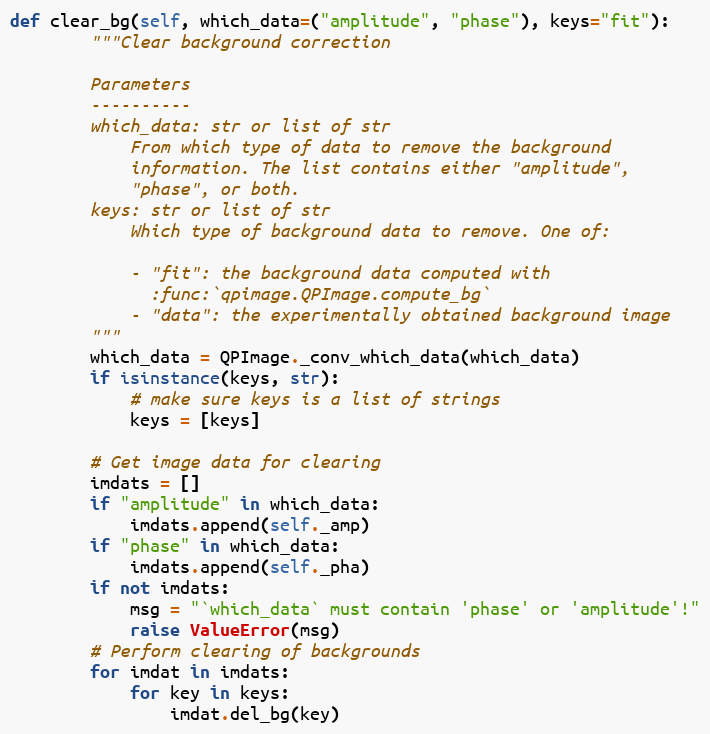
Language: Python
def clear_bg(self, which_data=("amplitude", "phase"), keys="fit"):
        """Clear background correction

        Parameters
        ----------
        which_data: str or list of str
            From which type of data to remove the background
            information. The list contains either "amplitude",
            "phase", or both.
        keys: str or list of str
            Which type of background data to remove. One of:

            - "fit": the background data computed with
              :func:`qpimage.QPImage.compute_bg`
            - "data": the experimentally obtained background image
        """
        which_data = QPImage._conv_which_data(which_data)
        if isinstance(keys, str):
            # make sure keys is a list of strings
            keys = [keys]

        # Get image data for clearing
        imdats = []
        if "amplitude" in which_data:
            imdats.append(self._amp)
        if "phase" in which_data:
            imdats.append(self._pha)
        if not imdats:
            msg = "`which_data` must contain 'phase' or 'amplitude'!"
            raise ValueError(msg)
        # Perform clearing of backgrounds
        for imdat in imdats:
            for key in keys:
                imdat.del_bg(key)